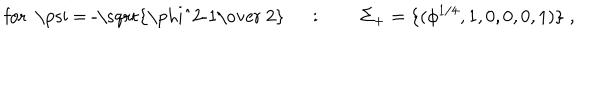
\mathrm { f o r ~ \ p s i ~ = ~ - \sqrt { \frac { \ p h i ^ { 2 } - 1 } { ~ 2 } } ~ } \quad : \qquad \Sigma _ { + } = \{ ( \phi ^ { 1 / 4 } , 1 , 0 , 0 , 0 , 1 ) \} \; ,